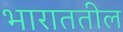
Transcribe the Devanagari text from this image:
भाराततील